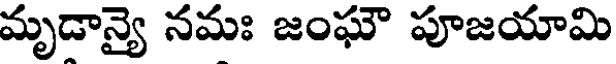
మృడాన్యై నమః జంఘౌ పూజయామి